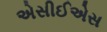
એસીઈએસ